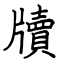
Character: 牘